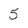
Character: 5